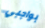
بواجبي